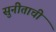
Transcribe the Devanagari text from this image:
सुनीताची